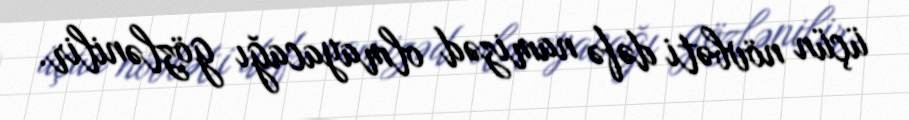
üçün növbəti dəfə namizəd olmayacağı gözlənilir.